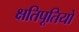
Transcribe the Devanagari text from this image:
क्षतिपूतियों